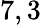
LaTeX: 7,3